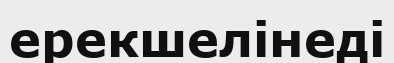
ерекшелінеді